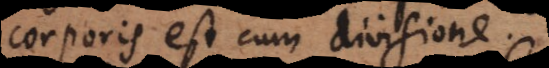
corporis est cum divisione.